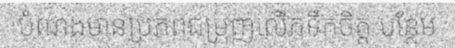
បំណងមានប្រភពជម្រុញលើកទឹកចិត្ត បន្ថែម